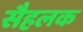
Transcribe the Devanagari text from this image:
सैहलक